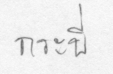
กระบี่